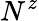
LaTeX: N^{z}